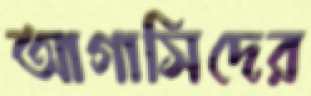
আগাসিদের